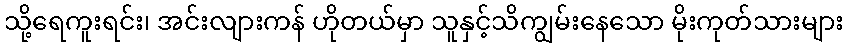
သို့ရေကူးရင်း၊ အင်းလျားကန် ဟိုတယ်မှာ သူနှင့်သိကျွမ်းနေသော မိုးကုတ်သားများ